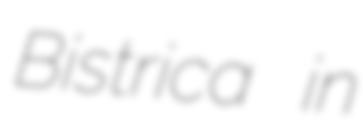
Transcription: Bistrica in